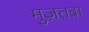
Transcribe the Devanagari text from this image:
मुज़तबा